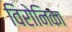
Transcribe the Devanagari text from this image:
विरोनिका